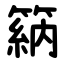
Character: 䈫